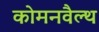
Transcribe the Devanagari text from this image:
कोमनवैल्थ